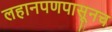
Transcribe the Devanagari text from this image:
लहानपणपासूनच